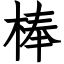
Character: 棒